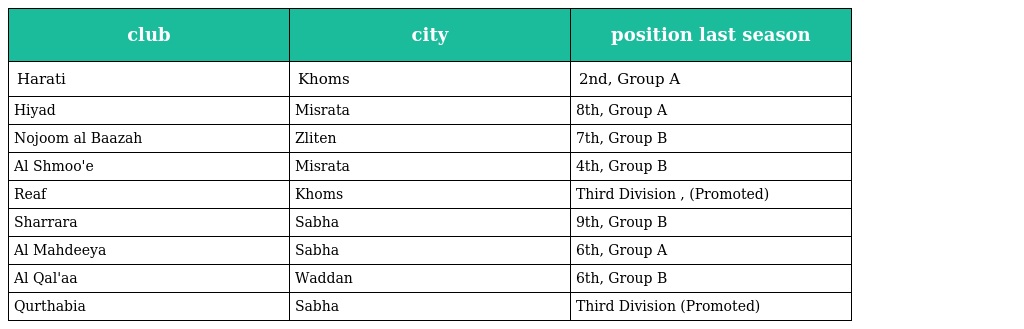
| club | city | position last season |
 | --- | --- | --- |
 | Harati | Khoms | 2nd, Group A |
 | Hiyad | Misrata | 8th, Group A |
 | Nojoom al Baazah | Zliten | 7th, Group B |
 | Al Shmoo'e | Misrata | 4th, Group B |
 | Reaf | Khoms | Third Division , (Promoted) |
 | Sharrara | Sabha | 9th, Group B |
 | Al Mahdeeya | Sabha | 6th, Group A |
 | Al Qal'aa | Waddan | 6th, Group B |
 | Qurthabia | Sabha | Third Division (Promoted) |